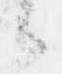
候